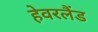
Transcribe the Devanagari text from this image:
हेवरलैंड